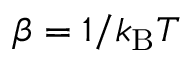
\beta = 1 / k _ { \mathrm { B } } T